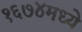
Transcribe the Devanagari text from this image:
१६७४मध्ये